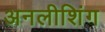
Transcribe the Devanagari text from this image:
अनलीशिंग